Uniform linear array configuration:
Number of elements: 64
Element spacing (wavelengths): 1
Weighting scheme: uniform
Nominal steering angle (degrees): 15
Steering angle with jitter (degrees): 15.027
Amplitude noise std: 0.05
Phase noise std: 0.05

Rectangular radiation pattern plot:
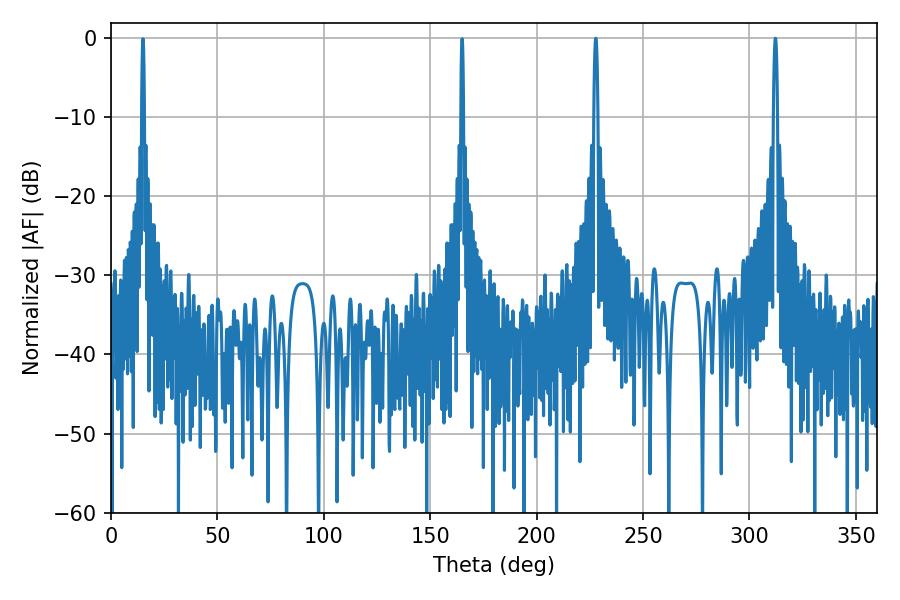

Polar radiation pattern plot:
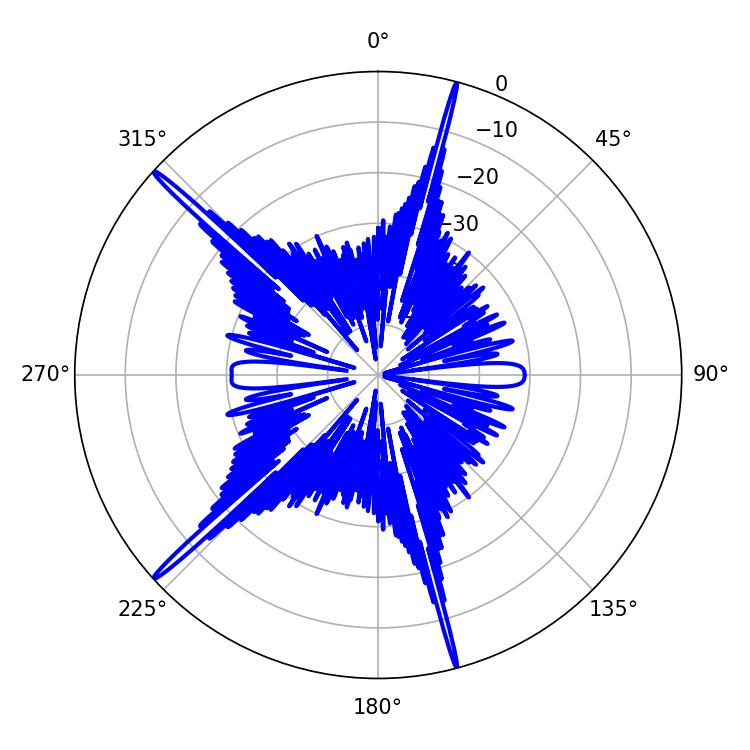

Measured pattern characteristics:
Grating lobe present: TRUE
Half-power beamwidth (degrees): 0.9
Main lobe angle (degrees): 312.12